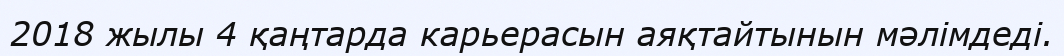
2018 жылы 4 қаңтарда карьерасын аяқтайтынын мәлімдеді.